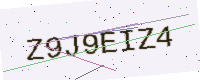
Text: Z9J9EIZ4